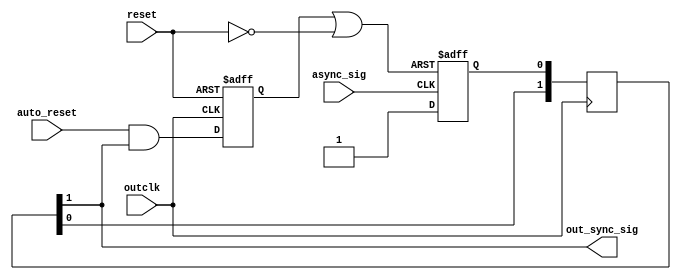
module async_trap_and_reset (async_sig, outclk, out_sync_sig, auto_reset, reset);
/* this module traps an asyncronous signal async_sig and syncronizes it via 2 flip-flops to outclk. The resulting
   signal is named out_sync_sig. auto_reset tells the module whether to do an auto-reset of out_sync_sig after 2 clocks.
   reset is an asynchronous reset signal. The reset signal is active LOW. */


input async_sig, outclk, auto_reset, reset;
output out_sync_sig;

(* keep = 1, preserve = 1 *) reg async_trap=0;
wire sync1, sync2;

reg actual_auto_reset_signal;


wire actual_async_sig_reset;

wire auto_reset_signal =  auto_reset && sync2;

assign actual_async_sig_reset = actual_auto_reset_signal || (!reset);


assign out_sync_sig = sync2;

always @ (posedge async_sig or posedge actual_async_sig_reset)
begin
	 if (actual_async_sig_reset)
	 	async_trap <= 1'b0;
	 else
	 	async_trap <= 1'b1;
end

//always @ (posedge outclk or negedge reset)
//begin
//	 if (~reset)
//	 begin
//	 	  sync1 <= 1'b0;
//		  sync2 <= 1'b0;
//	 end else
//	 begin
//	 	  sync1 <= async_trap;
//		  sync2 <= sync1;
//	 end
//end
//
//reg [1:0] sync_srl16_inferred ;
//  
//   always @(posedge outclk)
//     begin
//         sync_srl16_inferred <= sync_srl16_inferred << 1;
//         sync_srl16_inferred[0] <= async_trap;
//      end
//
//   assign sync2 = sync_srl16_inferred[1];
//		

//special coding for SRL16 inference in Xilinx devices
wire clock_enable = 1'b1;
reg [1:0] sync_srl16_inferred=0;
   always @(posedge outclk)
      if (clock_enable)
         sync_srl16_inferred[1:0] <= {sync_srl16_inferred[0], async_trap};

assign sync2 = sync_srl16_inferred[1];

always @ (negedge outclk or negedge reset)
begin
	if (~reset)
		 actual_auto_reset_signal <= 1'b0;
	else
		 actual_auto_reset_signal <= auto_reset_signal;
end

endmodule